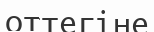
оттегіне